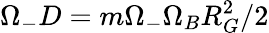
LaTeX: \Omega_{-}D=m\Omega_{-}\Omega_{B}R_{G}^{2}/2